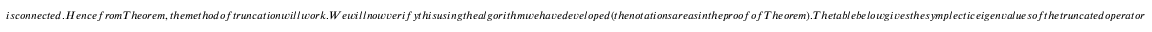
i s c o n n e c t e d . H e n c e f r o m T h e o r e m , t h e m e t h o d o f t r u n c a t i o n w i l l w o r k . W e w i l l n o w v e r i f y t h i s u s i n g t h e a l g o r i t h m w e h a v e d e v e l o p e d ( t h e n o t a t i o n s a r e a s i n t h e p r o o f o f T h e o r e m ) . T h e t a b l e b e l o w g i v e s t h e s y m p l e c t i c e i g e n v a l u e s o f t h e t r u n c a t e d o p e r a t o r